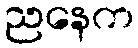
ညနေက